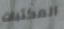
المكتبات